Report of the Bombay Plague Committee
Disease focus: Plague
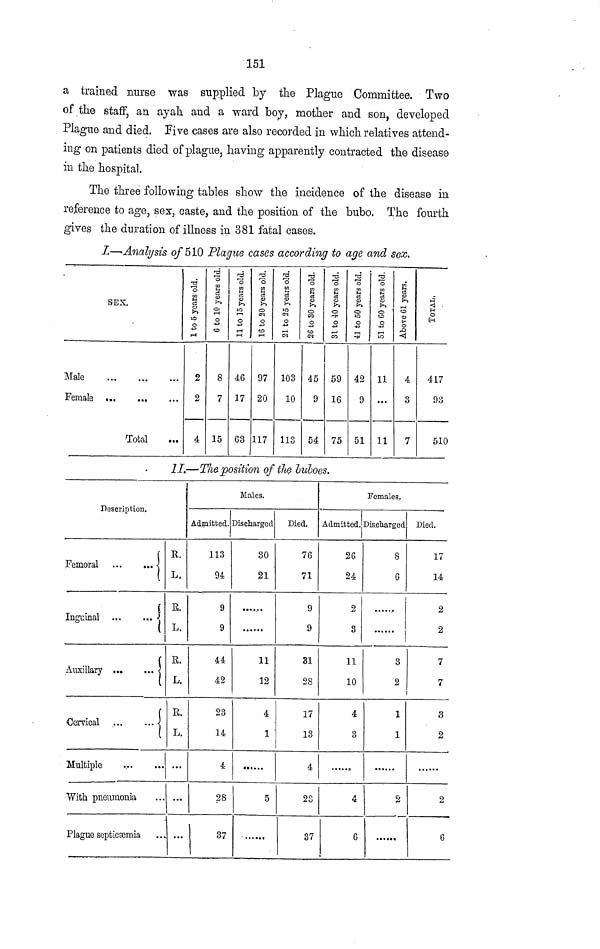
151
a trained nurse was supplied by the Plague Committee. Two
of the staff, an ayah and a ward boy, mother and son, developed
Plague and died. Five cases are also recorded in which relatives attend-
ing on patients died of plague, having apparently contracted the disease
in the hospital.
The three following tables show the incidence of the disease in
reference to age, sex, caste, and the position of the bubo. The fourth
gives the duration of illness in 381 fatal cases.
I.—Analysis of 510 Plaque cases according to age and sex.
Male
Female
SEX
...
Total
...
...
2
2
8
7
15
46
17
63
97
20
117
103
10
113
45
9
54
59
16
75
42
9
4
3
7
417
93
510
II.—T/ie position of the buboes.
Description.
Femoral...
Inguinal...
Auxiliary ...
Cervical...
Multiple...
With pneumonia
Plague septicæma
...
...
...
...
...
...
R.
L.
E.
L.
E.
L.
E.
L.
. ...
. ...
...
Admitted.
113
94
9
9
44
42
23
14
4
28
37
Males.
Discharged
30
21
......
11
12
4
1
5
Died.
76
71
9
9
31
28
17
13
4
23
37
Admitted.
26
24
2
3
11
10
4
3
4
6
Females,
Discharged
8
6
3
2
1
1
2
Died.
17
14
2
9
7
7
3
2
2